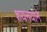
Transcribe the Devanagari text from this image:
शयनयाने